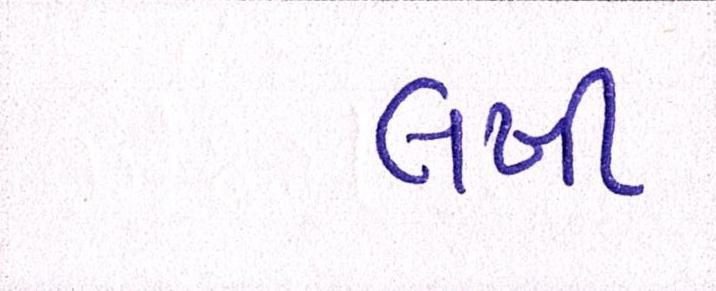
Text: લખી